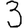
Digit: 3